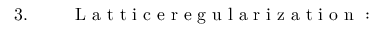
\begin{array} { r l r } { 3 . \ } & { { } } & { \mathrm { ~ L ~ a ~ t ~ t ~ i ~ c ~ e ~ r ~ e ~ g ~ u ~ l ~ a ~ r ~ i ~ z ~ a ~ t ~ i ~ o ~ n ~ : ~ } \qquad \qquad \qquad \phantom { . } } \end{array}